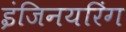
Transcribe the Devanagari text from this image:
इंजिनयरिंग